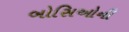
બોસિઓની